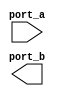
module INS_NF_NMCV (port_a, port_b);
   input port_a;
   output port_b;
   mod_a inst_a (port_a, port_b);
endmodule
module mod_a (port_a, port_b);
   input port_b;
   output port_a;
   assign port_a = ~port_b;
endmodule